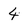
Character: 4